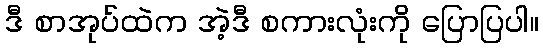
ဒီ စာအုပ်ထဲက အဲ့ဒီ စကားလုံးကို ပြောပြပါ။